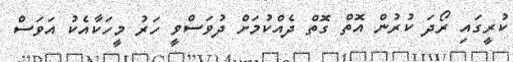
ކުރީގައި ރޯދަ ކުރުން އޮތް ގޮތް ދެއްކުމަށް ދުވަސްވީ ހަރު މީހަކާއެކު އަވަސް